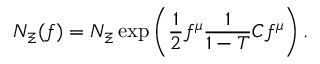
{ \cal N } _ { \Xi } ( f ) = { \cal N } _ { \Xi } \exp \left( \frac { 1 } { 2 } f ^ { \mu } \frac { 1 } { 1 - T } C f ^ { \mu } \right) .